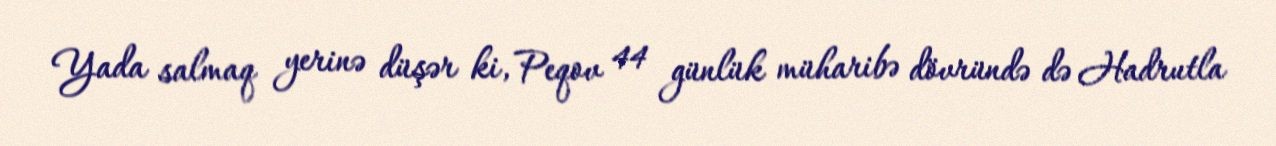
Yada salmaq yerinə düşər ki, Peqov 44 günlük müharibə dövründə də Hadrutla